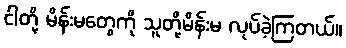
ငါတို့ မိန်းမတွေကို သူတို့မိန်းမ လုပ်ခဲ့ကြတယ်။